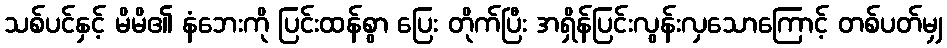
သစ်ပင်နှင့် မိမိ၏ နံဘေးကို ပြင်းထန်စွာ ပြေး တိုက်ပြီး အရှိန်ပြင်းလွန်းလှသောကြောင့် တစ်ပတ်မျှ